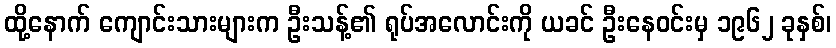
ထို့နောက် ကျောင်းသားများက ဦးသန့်၏ ရုပ်အလောင်းကို ယခင် ဦးနေဝင်းမှ ၁၉၆၂ ခုနှစ်၊